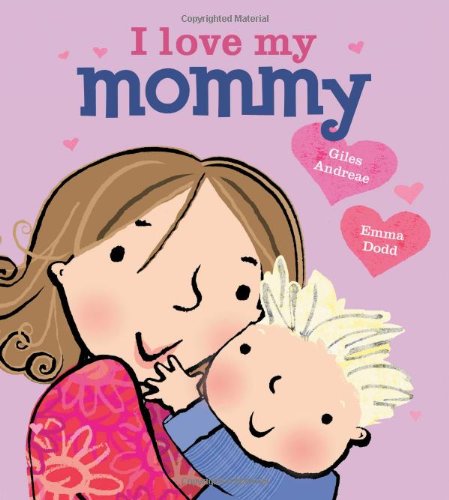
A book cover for I Love My Mommy; Giles Andreae; Children's Books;